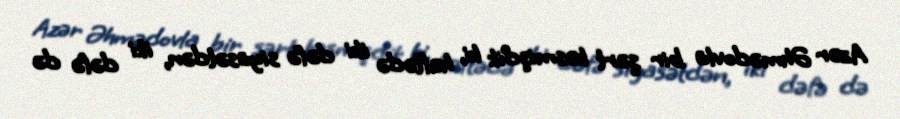
Azər Əhmədovla bir şərt kəsmişdik ki, həftədə iki dəfə siyasətdən, iki dəfə də